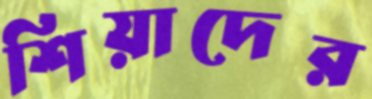
শিয়াদের